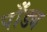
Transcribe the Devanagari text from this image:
पाँड्य